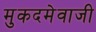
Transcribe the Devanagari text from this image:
मुकदमेवाजी